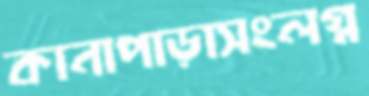
কানাপাড়াসংলগ্ন